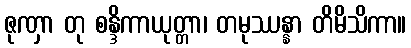
ဇုဏှာ တု စန္ဒိကာယုတ္တာ၊ တမုဿန္နာ တိမိသိကာ။